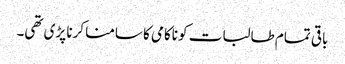
باقی تمام طالبات کو ناکامی کا سامنا کرنا پڑی تھی۔